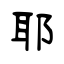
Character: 耶